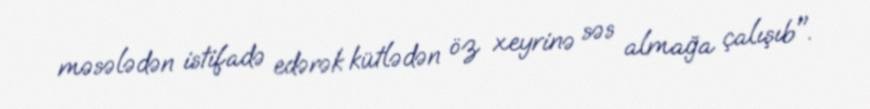
məsələdən istifadə edərək kütlədən öz xeyrinə səs almağa çalışıb".